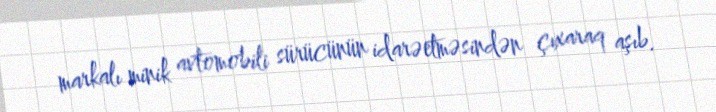
markalı minik avtomobili sürücünün idarəetməsindən çıxaraq aşıb.